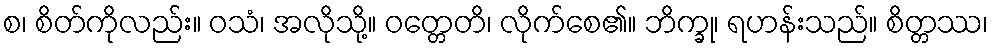
စ၊ စိတ်ကိုလည်း။ ဝသံ၊ အလိုသို့။ ဝတ္တေတိ၊ လိုက်စေ၏။ ဘိက္ခု၊ ရဟန်းသည်။ စိတ္တဿ၊